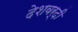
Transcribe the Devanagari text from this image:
देशवर्दी